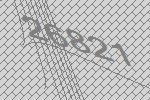
26821